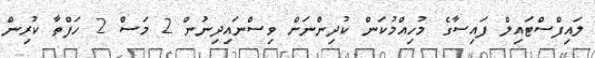
ލައިފްސްޓައިލް ފައިސާގެ މުހިއްމުކަން ކުދިންނަށް ވިސްނައިދިނުން 2 މަސް 2 ހަފްތާ ކުރިން